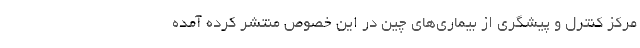
مرکز کنترل و پیشگری از بیماری‌های چین در این خصوص منتشر کرده آمده